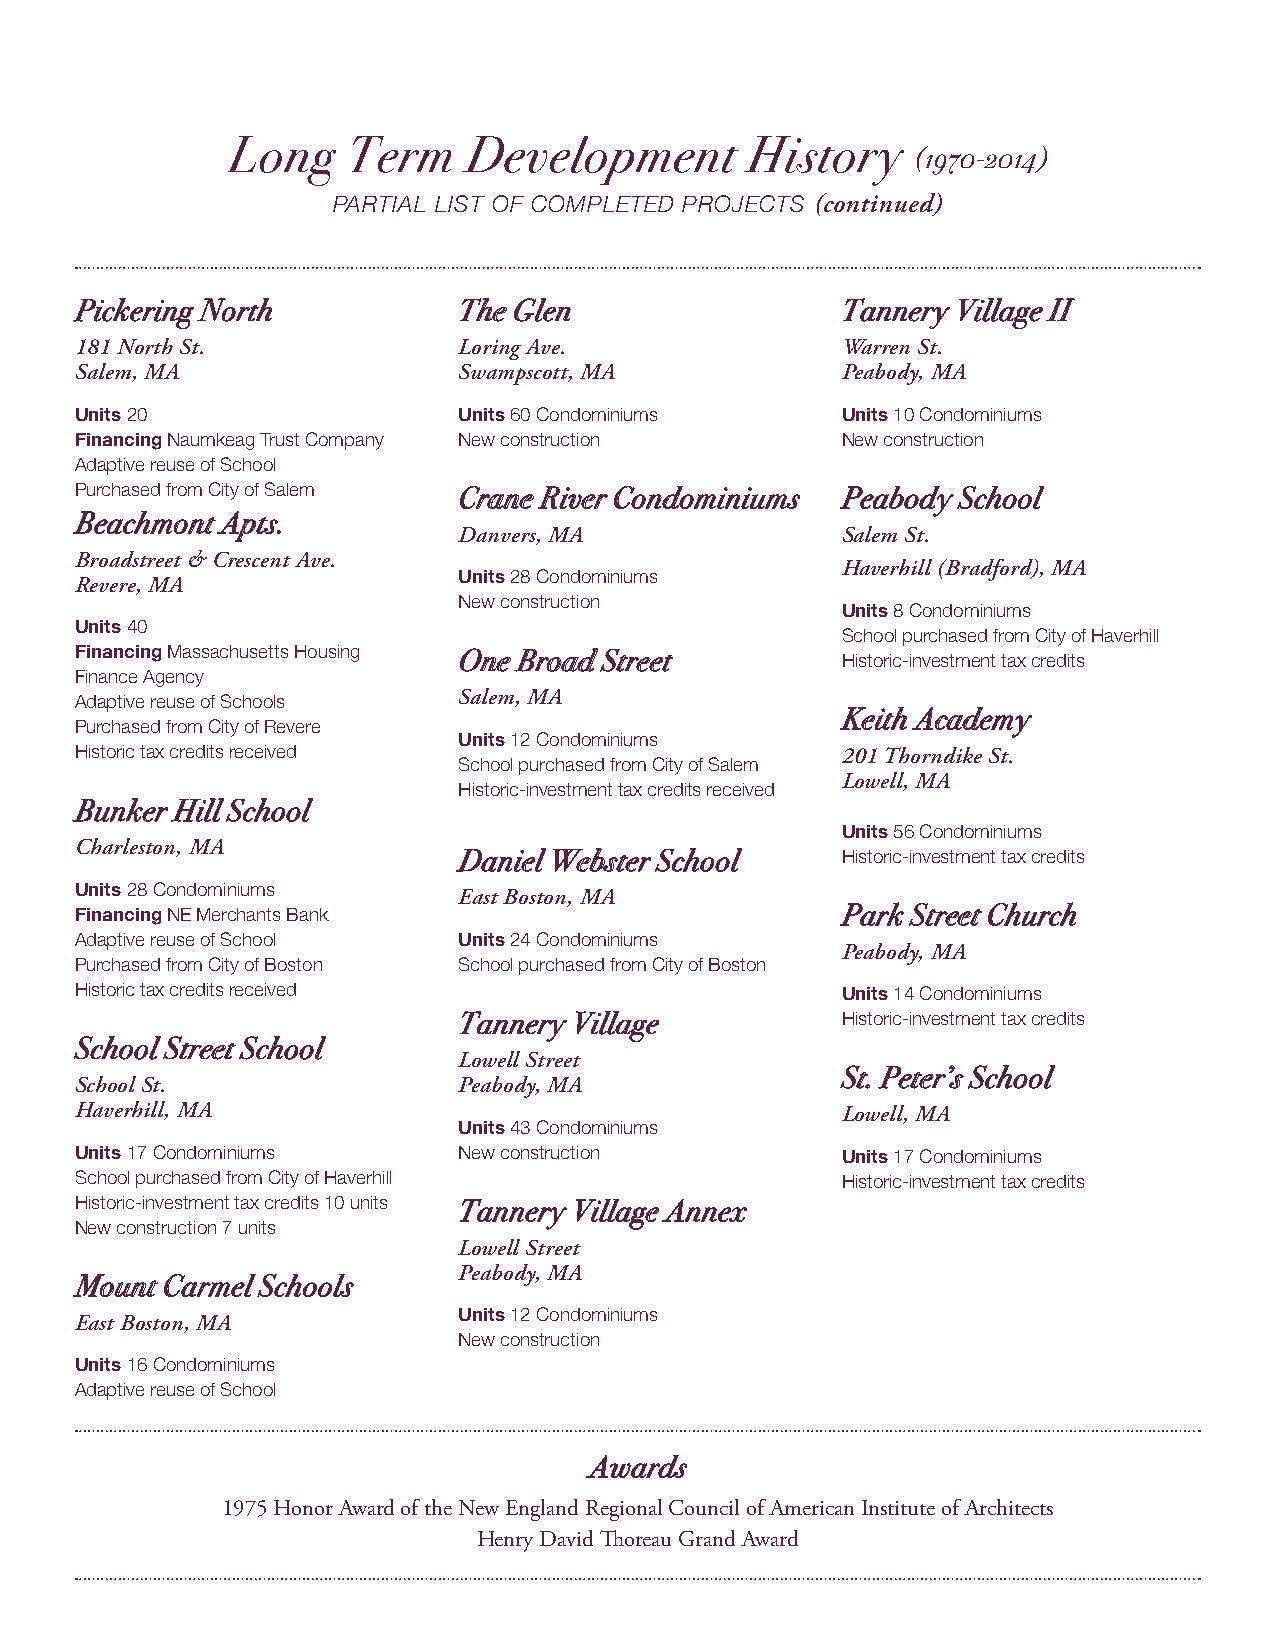
Long    Term    Development       History
 (1970-2014)
 PARTIAL LIST OF COMPLETED PROJECTS (continued)
 Pickering North          The Glen                  Tannery Village II
 181 North St.            Loring Ave.               Warren St.
 Salem, MA                Swampscott, MA            Peabody, MA
 Units 20                 Units 60 Condominiums     Units 10 Condominiums
 Financing Naumkeag Trust Company New construction  New construction
 Adaptive reuse of School
 Purchased from City of Salem Crane River Condominiums Peabody School
 Beachmont Apts.
 Danvers, MA               Salem St.
 Broadstreet & Crescent Ave.
 Haverhill (Bradford), MA
 Revere, MA               Units 28 Condominiums
 New construction
 Units 8 Condominiums
 Units 40                                           School purchased from City of Haverhill
 Financing Massachusetts Housing One Broad Street   Historic-investment tax credits
 Finance Agency
 Adaptive reuse of Schools Salem, MA
 Keith Academy
 Purchased from City of Revere
 Units 12 Condominiums
 Historic tax credits received                      201 Thorndike St.
 School purchased from City of Salem
 Lowell, MA
 Historic-investment tax credits received
 Bunker Hill School
 Units 56 Condominiums
 Charleston, MA
 Daniel Webster School     Historic-investment tax credits
 Units 28 Condominiums    East Boston, MA
 Financing NE Merchants Bank                        Park Street Church
 Adaptive reuse of School Units 24 Condominiums
 Peabody, MA
 Purchased from City of Boston School purchased from City of Boston
 Historic tax credits received                      Units 14 Condominiums
 Tannery Village           Historic-investment tax credits
 School Street School
 Lowell Street
 St. Peter’s School
 School St.               Peabody, MA
 Haverhill, MA                                      Lowell, MA
 Units 43 Condominiums
 Units 17 Condominiums    New construction          Units 17 Condominiums
 School purchased from City of Haverhill            Historic-investment tax credits
 Historic-investment tax credits 10 units Tannery Village Annex
 New construction 7 units
 Lowell Street
 Peabody, MA
 Mount Carmel Schools
 East Boston, MA          Units 12 Condominiums
 New construction
 Units 16 Condominiums
 Adaptive reuse of School
 Awards
 1975 Honor Award of the New England Regional Council of American Institute of Architects
 Henry David Thoreau Grand Award